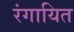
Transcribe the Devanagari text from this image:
रंगायित